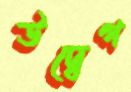
উদ্বেগ